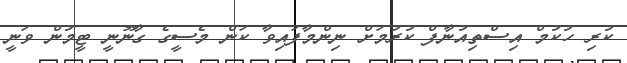
ކުރި ހުކުމް އިސްތިއުނާފް ކުރުމަށް ނިންމާފައިވާ ކަން މެސީގެ ގާނޫނީ ޓީމުން ވަނީ